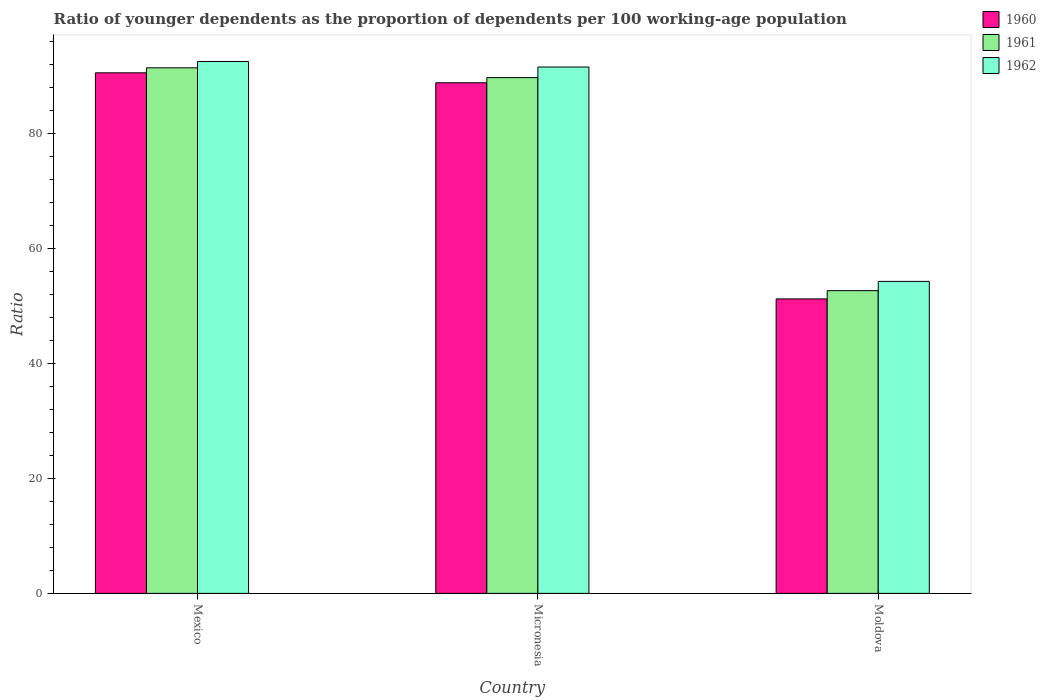
| Country | 1960 | 1961 | 1962 |
 | --- | --- | --- | --- |
 | Mexico | 90.6 | 91.5 | 92.6 |
 | Micronesia | 88.8 | 89.7 | 91.6 |
 | Moldova | 51.2 | 52.7 | 54.3 |